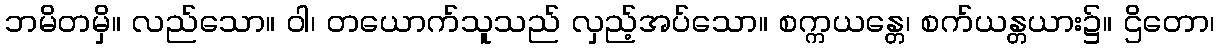
ဘမိတမှိ။ လည်သော။ ဝါ၊ တယောက်သူသည် လှည့်အပ်သော။ စက္ကယန္တေ၊ စက်ယန္တယား၌။ ဌိတော၊